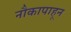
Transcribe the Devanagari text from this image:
नौकापाहून